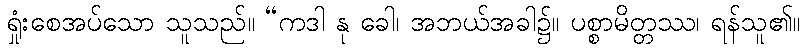
ရှုံးစေအပ်သော သူသည်။ “ကဒါ နု ခေါ၊ အဘယ်အခါ၌။ ပစ္စာမိတ္တဿ၊ ရန်သူ၏။